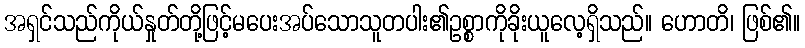
အရှင်သည်ကိုယ်နှုတ်တို့ဖြင့်မပေးအပ်သောသူတပါး၏ဥစ္စာကိုခိုးယူလေ့ရှိသည်။ ဟောတိ၊ ဖြစ်၏။